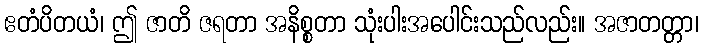
ဧတံပိတယံ၊ ဤ ဇာတိ ဇရတာ အနိစ္စတာ သုံးပါးအပေါင်းသည်လည်း။ အဇာတတ္တာ၊